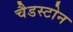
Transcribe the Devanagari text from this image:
चैडस्टोन